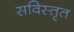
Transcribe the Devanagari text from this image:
सविस्तृत